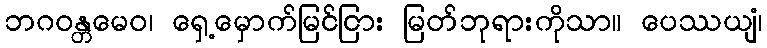
ဘဂဝန္တမေဝ၊ ရှေ့မှောက်မြင်ငြား မြတ်ဘုရားကိုသာ။ ပေဿယျံ၊